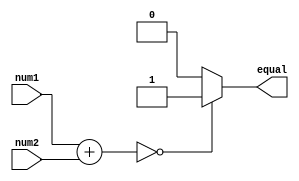
module arithmetic_comparator (
  input [7:0] num1,
  input [7:0] num2,
  output reg equal
);

  reg [7:0] result;

  always @* begin
    result = num1 + num2; // Perform addition
    if(result == 0) begin
      equal = 1; // Numbers are equal
    end
    else begin
      equal = 0; // Numbers are not equal
    end
  end

endmodule